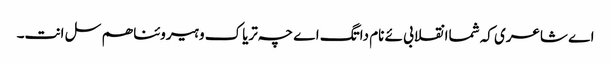
اے شاعری کہ شماانقلابی ئے نام داتگ اے چہ تریاک و ہیروئنا ھم سل انت۔